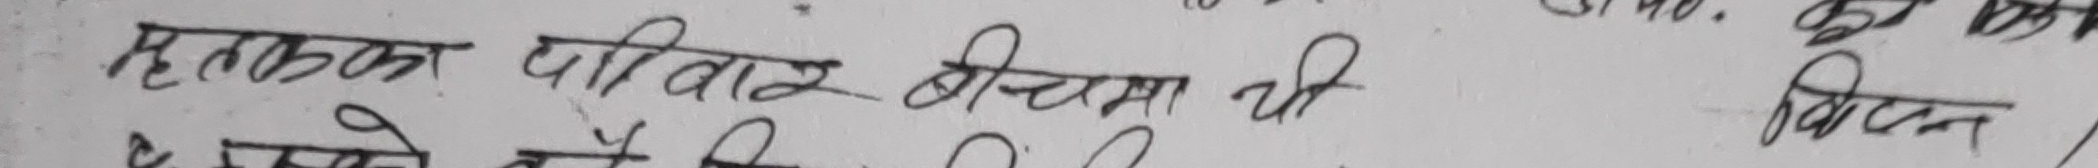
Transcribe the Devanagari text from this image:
मृतकका परिवार बीरामा  थी
र उनको घर विटेन